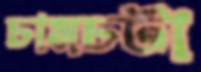
চামচটা